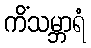
ကိံသမ္ဘာရံ